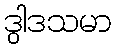
ဒွါဒသမာ